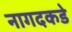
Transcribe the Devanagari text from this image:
नागदकडे